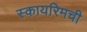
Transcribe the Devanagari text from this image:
स्कायरिमची